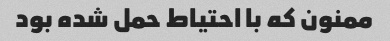
ممنون که با احتیاط حمل شده بود